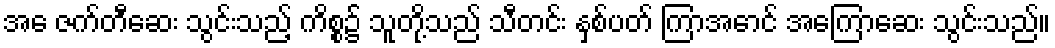
အေ ဇက်တီဆေး သွင်းသည့် ကိစ္စ၌ သူတို့သည် သီတင်း နှစ်ပတ် ကြာအောင် အကြောဆေး သွင်းသည်။